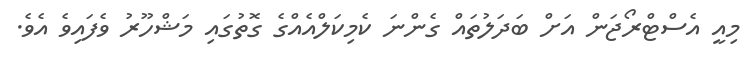
މިއީ އެސްޓްރޯޖަން އަށް ބަދަލުތައް ގެންނަ ކެމިކަލްއެއްގެ ގޮތުގައި މަޝްހޫރު ވެފައިވެ އެވެ.